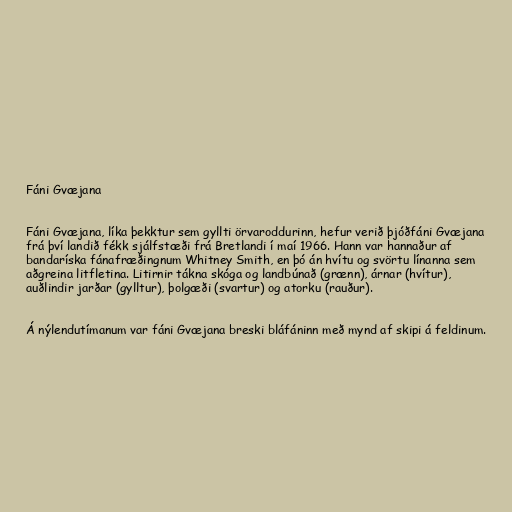
Fáni Gvæjana

Fáni Gvæjana, líka þekktur sem gyllti örvaroddurinn, hefur verið þjóðfáni Gvæjana
frá því landið fékk sjálfstæði frá Bretlandi í maí 1966. Hann var hannaður af
bandaríska fánafræðingnum Whitney Smith, en þó án hvítu og svörtu línanna sem
aðgreina litfletina. Litirnir tákna skóga og landbúnað (grænn), árnar (hvítur),
auðlindir jarðar (gylltur), þolgæði (svartur) og atorku (rauður).

Á nýlendutímanum var fáni Gvæjana breski bláfáninn með mynd af skipi á feldinum.